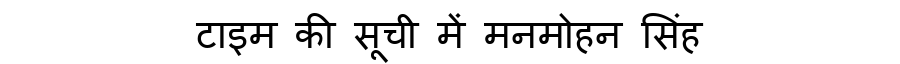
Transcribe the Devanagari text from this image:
टाइम की सूची में मनमोहन सिंह